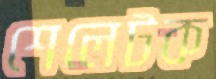
শেলেটক